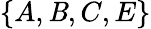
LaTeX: \{ A,\mathit{B},C,E\}